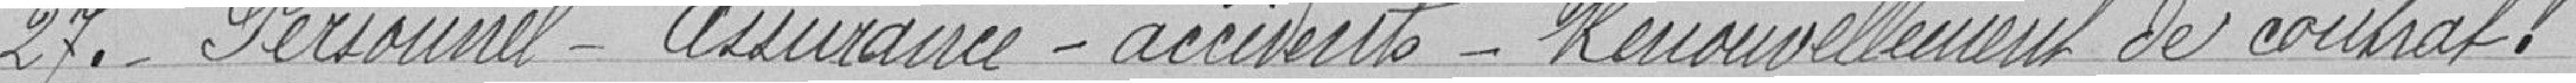
27. - Personnel - Assurance - Accidents - Renouvellement du contrat.